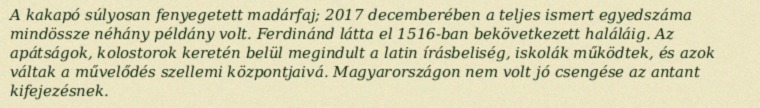
A kakapó súlyosan fenyegetett madárfaj; 2017 decemberében a teljes ismert egyedszáma mindössze néhány példány volt. Ferdinánd látta el 1516-ban bekövetkezett haláláig. Az apátságok, kolostorok keretén belül megindult a latin írásbeliség, iskolák működtek, és azok váltak a művelődés szellemi központjaivá. Magyarországon nem volt jó csengése az antant kifejezésnek.